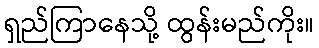
ရှည်ကြာနေသို့ ထွန်းမည်ကိုး။